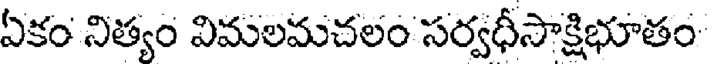
ఏకం నిత్యం విమలమచలం సర్వధీసాక్షిభూతం